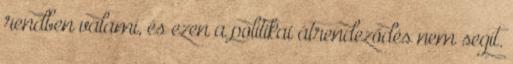
rendben valami, és ezen a politikai átrendeződés nem segít.